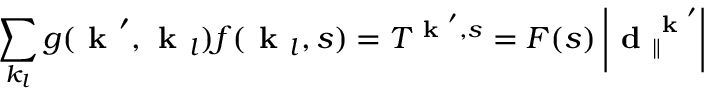
\sum _ { k _ { l } } g ( \textbf { k } ^ { \prime } , \textbf { k } _ { l } ) f ( \textbf { k } _ { l } , s ) = T ^ { \textbf { k } ^ { \prime } , s } = F ( s ) \left| \textbf { d } _ { \| } ^ { \textbf { k } ^ { \prime } } \right|